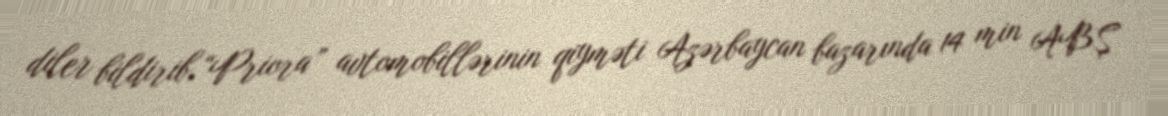
diler bildirib.“Priora” avtomobillərinin qiyməti Azərbaycan bazarında 14 min ABŞ